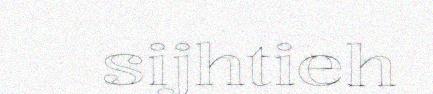
sijhtieh